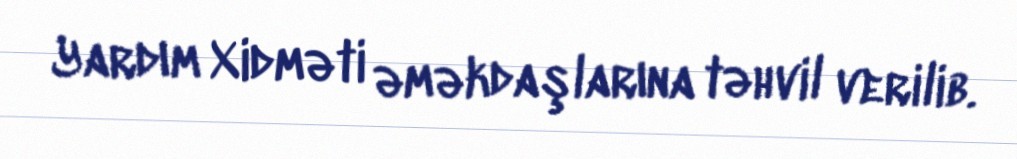
Yardım Xidməti əməkdaşlarına təhvil verilib.